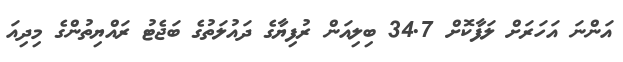
އަންނަ އަހަރަށް ލަފާކޮށް 34.7 ބިލިއަން ރުފިޔާގެ ދައުލަތުގެ ބަޖެޓު ރައްޔިތުންގެ މިދިއަ